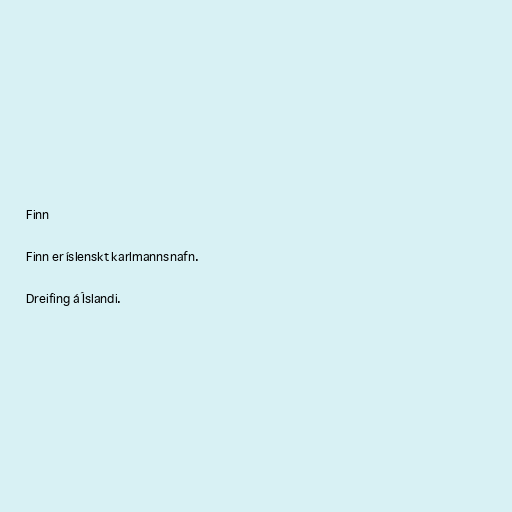
Finn

Finn er íslenskt karlmannsnafn.

Dreifing á Íslandi.